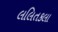
લલિતકલા